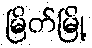
မြိတ်မြို့